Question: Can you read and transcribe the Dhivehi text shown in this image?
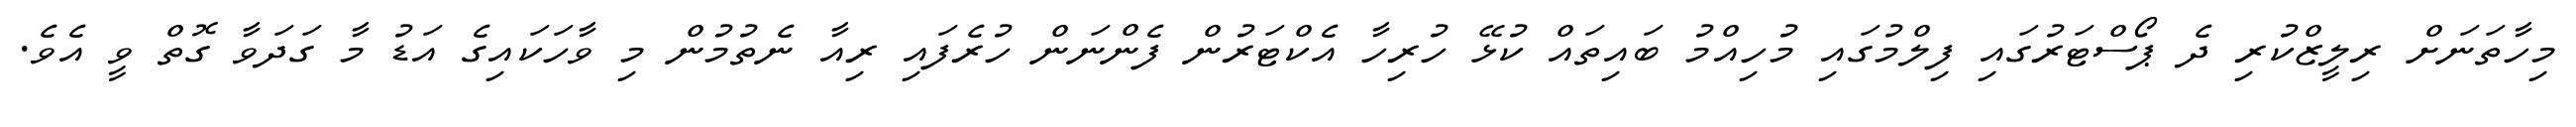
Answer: މިހާތަނަށް ރިލީޒްކުރި ދެ ޕޯސްޓަރުގައި ފިލްމުގައި މުހިއްމު ބައިތައް ކުޅޭ ހުރިހާ އެކްޓަރުން ފެންނަން ހުރެފައި ރިއާ ނެތުމުން މި ވާހަކައިގެ އަޑު މާ ގަދަވާ ގޮތް ވީ އެވެ.